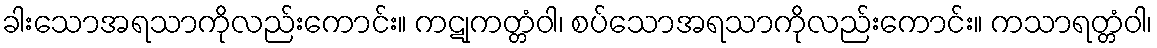
ခါးသောအရသာကိုလည်းကောင်း။ ကဋုကတ္တံဝါ၊ စပ်သောအရသာကိုလည်းကောင်း။ ကသာရတ္တံဝါ၊